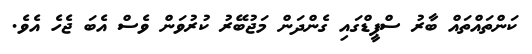
ކަންތައްތައް ބާރު ސްޕީޑްގައި ގެންދަން މަޖުބޭރު ކުރުވަން ވެސް އެބަ ޖެހެ އެވެ.